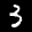
Label: 3